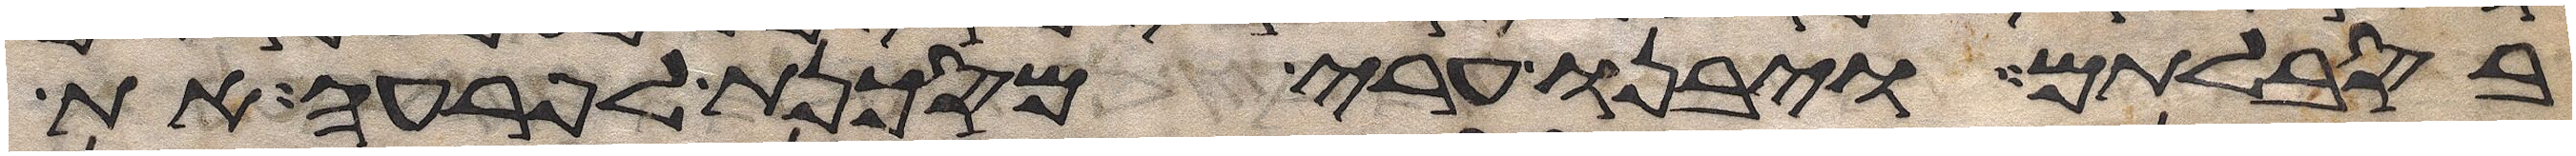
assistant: בסבלותם ויבנו ערי מסכנת לפרעה את